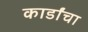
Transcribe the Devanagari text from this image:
कार्डांचा